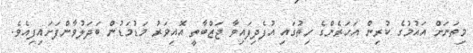
މިތަނަށް އައުމުގެ ކުރިން އަހަރެންގެ ހިތުގައި އުފެދިފައިވާ ޖަޒްބާތީ އޮއިވަރު މަޑުމަޑުން ބަދަލުވާންފަށައިފިއެވެ.